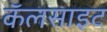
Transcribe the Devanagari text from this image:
कॅलसाइट